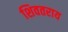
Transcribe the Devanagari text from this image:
शिवतराय